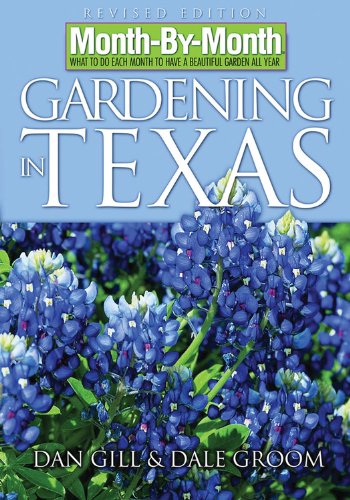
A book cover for Month-By-Month Gardening in Texas; Dan Gill; Crafts, Hobbies & Home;